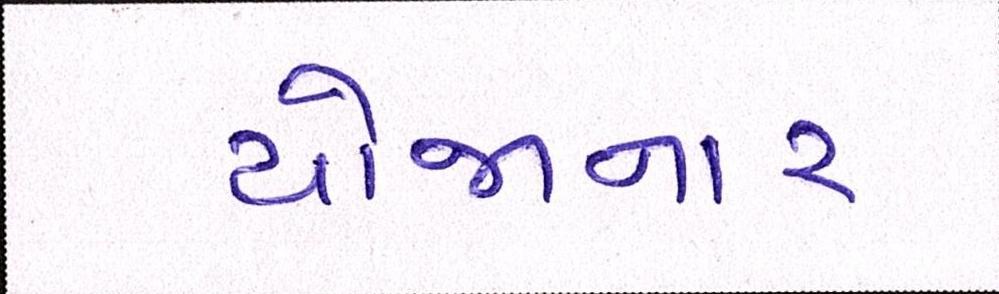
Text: યોજાનાર